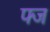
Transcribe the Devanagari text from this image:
फ्ज